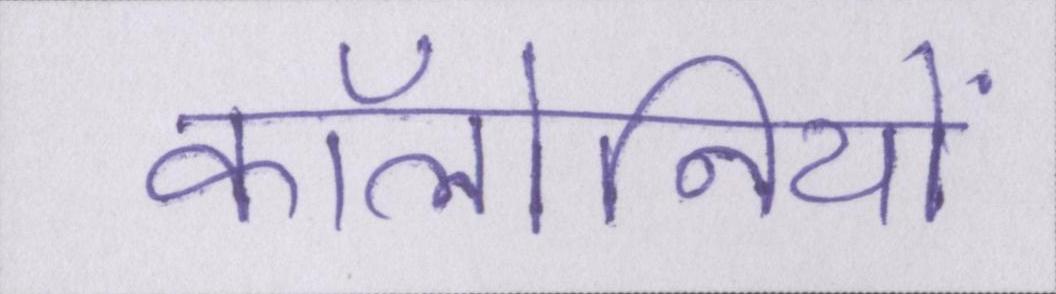
कॉलोनियों